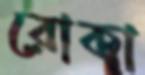
রোকা